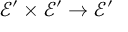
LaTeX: { \mathcal { E } } ^ { \prime } \times { \mathcal { E } } ^ { \prime } \to { \mathcal { E } } ^ { \prime }